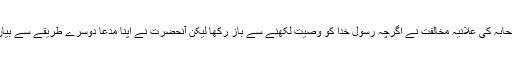
بعض صحابہ کی علانیہ مخالفت نے اگرچہ رسول خدا کو وصیت لکھنے سے باز رکھا لیکن آنحضرت نے اپنا مدعا دوسرے طریقے سے بیان کر دیا۔